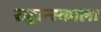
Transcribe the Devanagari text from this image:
राद्वान्स्काला